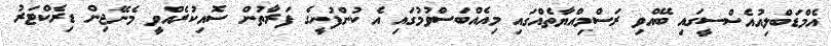
އެމްޑަބްލިއުއެސްސީގައި ބޭއްވި ރަސްމިއްޔާތެއްގައި މިއެއްބަސްވުމުގައި އެ ކުންފުނީގެ ފަރާތުން ސޮއިކުރެއްވީ މެނޭޖިން ޑިރެކްޓަރު